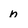
Character: n